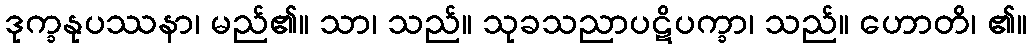
ဒုက္ခနုပဿနာ၊ မည်၏။ သာ၊ သည်။ သုခသညာပဋိပက္ခာ၊ သည်။ ဟောတိ၊ ၏။